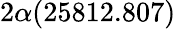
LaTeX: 2\alpha(25812.807)